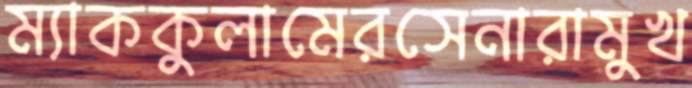
ম্যাককুলামেরসেনারামুখ